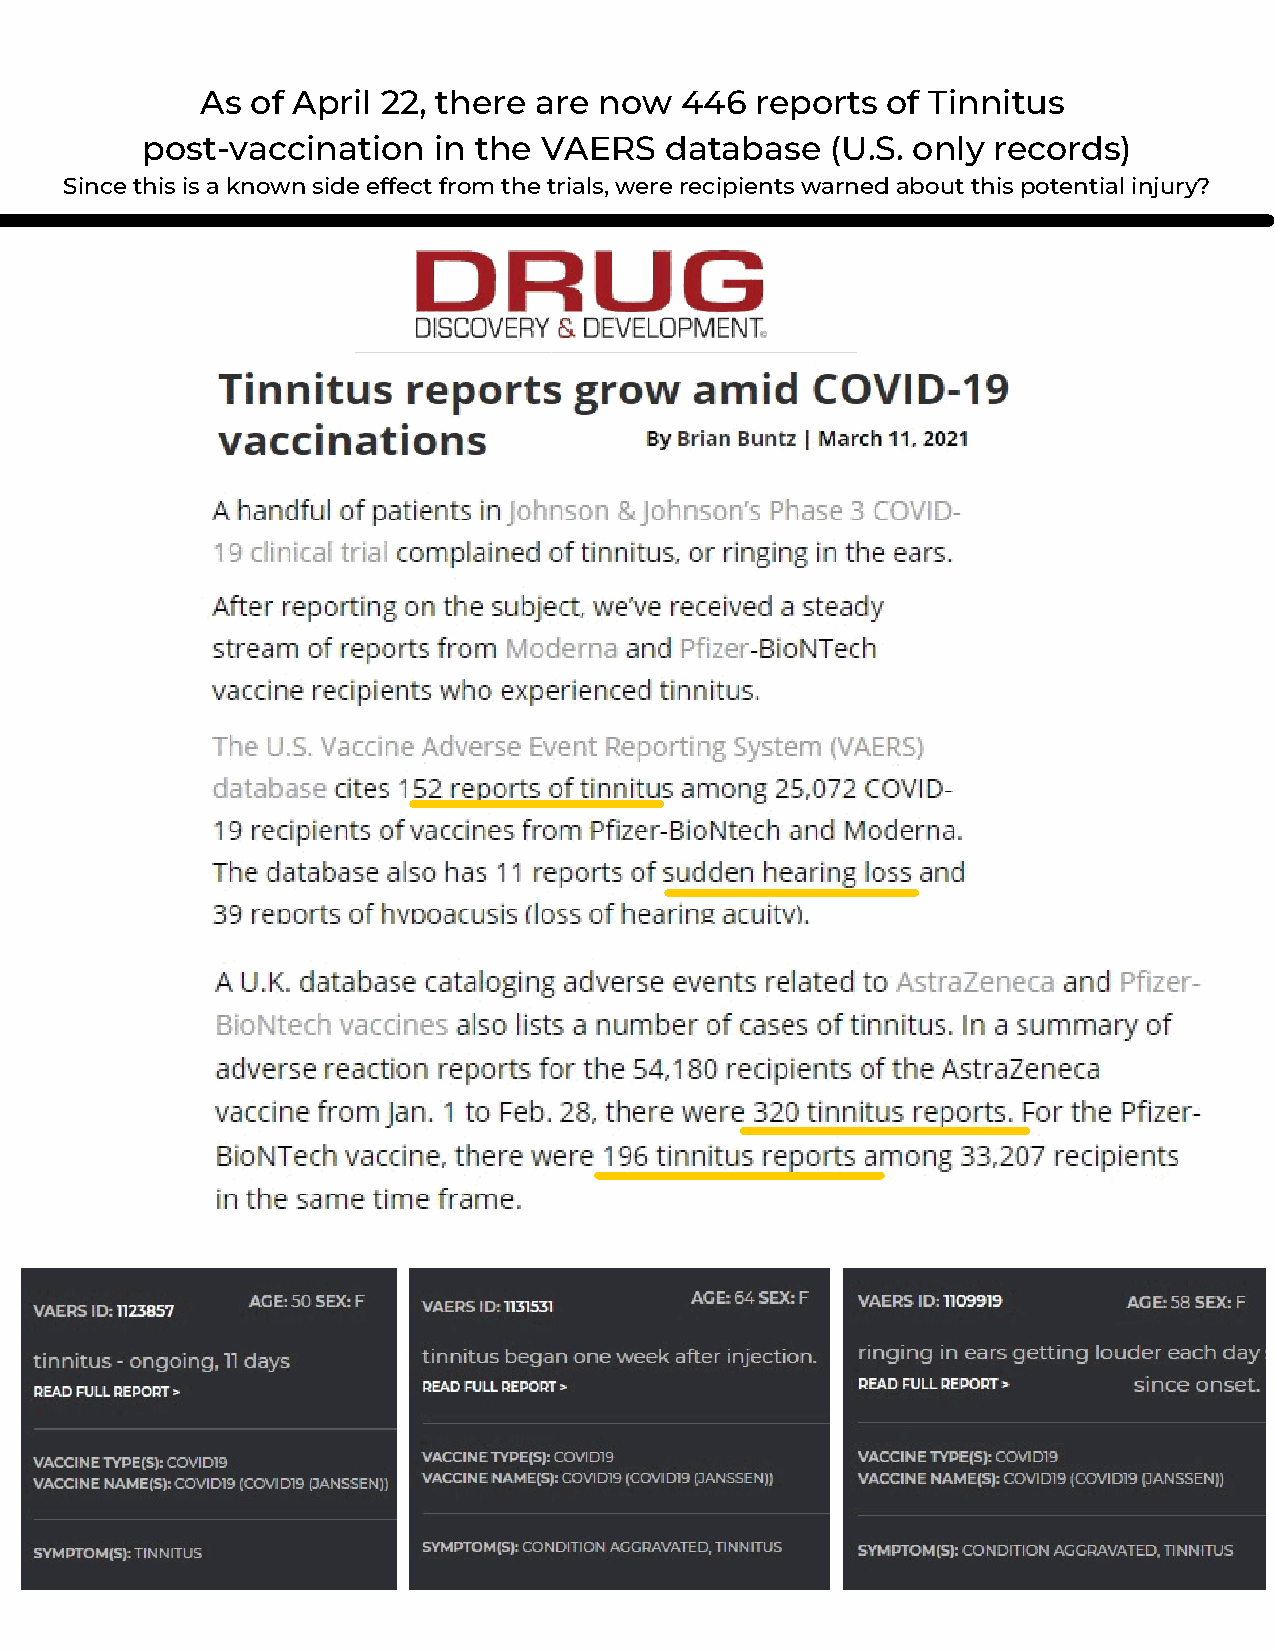
As  of April 22, there are now  446  reports  of Tinnitus
 post-vaccination    in the VAERS   database   (U.S. only records)
 Since this is a known side effect from the trials, were recipients warned about this potential injury?